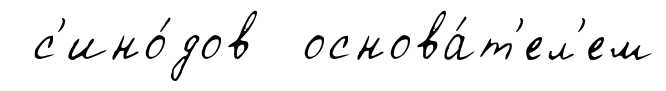
с'ино́дов основа́т'ел'ем